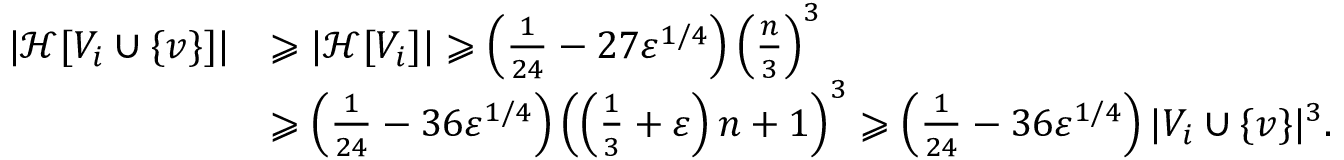
\begin{array} { r l } { | \mathcal { H } [ V _ { i } \cup \{ v \} ] | } & { \geqslant | \mathcal { H } [ V _ { i } ] | \geqslant \left( \frac { 1 } { 2 4 } - 2 7 \varepsilon ^ { 1 / 4 } \right) \left( \frac { n } { 3 } \right) ^ { 3 } } \\ & { \geqslant \left( \frac { 1 } { 2 4 } - 3 6 \varepsilon ^ { 1 / 4 } \right) \left( \left( \frac { 1 } { 3 } + \varepsilon \right) n + 1 \right) ^ { 3 } \geqslant \left( \frac { 1 } { 2 4 } - 3 6 \varepsilon ^ { 1 / 4 } \right) | V _ { i } \cup \{ v \} | ^ { 3 } . } \end{array}